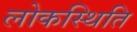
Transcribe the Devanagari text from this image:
लोकस्थिति